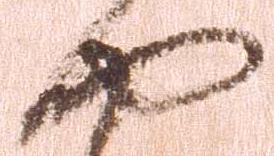
や